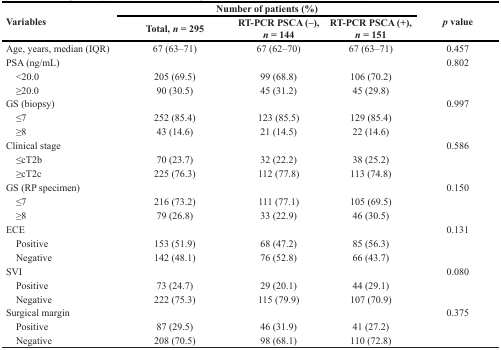
<table><thead><tr><td rowspan="2"><b>Variables</b></td><td colspan="3"><b>Number of patients (%)</b></td><td rowspan="2"><b><i>p</i> value</b></td></tr><tr><td><b>Total, <i>n</i> = 295</b></td><td><b>RT-PCR PSCA (–), <i>n</i> = 144</b></td><td><b>RT-PCR PSCA (+), <i>n</i> = 151</b></td></tr></thead><tbody><tr><td>Age, years, median (IQR)</td><td>67 (63–71)</td><td>67 (62–70)</td><td>67 (63–71)</td><td>0.457</td></tr><tr><td>PSA (ng/mL)</td><td></td><td></td><td></td><td>0.802</td></tr><tr><td> &lt;20.0</td><td>205 (69.5)</td><td>99 (68.8)</td><td>106 (70.2)</td><td></td></tr><tr><td> ≥20.0</td><td>90 (30.5)</td><td>45 (31.2)</td><td>45 (29.8)</td><td></td></tr><tr><td>GS (biopsy)</td><td></td><td></td><td></td><td>0.997</td></tr><tr><td> ≤7</td><td>252 (85.4)</td><td>123 (85.5)</td><td>129 (85.4)</td><td></td></tr><tr><td> ≥8</td><td>43 (14.6)</td><td>21 (14.5)</td><td>22 (14.6)</td><td></td></tr><tr><td>Clinical stage</td><td></td><td></td><td></td><td>0.586</td></tr><tr><td> ≤cT2b</td><td>70 (23.7)</td><td>32 (22.2)</td><td>38 (25.2)</td><td></td></tr><tr><td> ≥cT2c</td><td>225 (76.3)</td><td>112 (77.8)</td><td>113 (74.8)</td><td></td></tr><tr><td>GS (RP specimen)</td><td></td><td></td><td></td><td>0.150</td></tr><tr><td> ≤7</td><td>216 (73.2)</td><td>111 (77.1)</td><td>105 (69.5)</td><td></td></tr><tr><td> ≥8</td><td>79 (26.8)</td><td>33 (22.9)</td><td>46 (30.5)</td><td></td></tr><tr><td>ECE</td><td></td><td></td><td></td><td>0.131</td></tr><tr><td> Positive</td><td>153 (51.9)</td><td>68 (47.2)</td><td>85 (56.3)</td><td></td></tr><tr><td> Negative</td><td>142 (48.1)</td><td>76 (52.8)</td><td>66 (43.7)</td><td></td></tr><tr><td>SVI</td><td></td><td></td><td></td><td>0.080</td></tr><tr><td> Positive</td><td>73 (24.7)</td><td>29 (20.1)</td><td>44 (29.1)</td><td></td></tr><tr><td> Negative</td><td>222 (75.3)</td><td>115 (79.9)</td><td>107 (70.9)</td><td></td></tr><tr><td>Surgical margin</td><td></td><td></td><td></td><td>0.375</td></tr><tr><td> Positive</td><td>87 (29.5)</td><td>46 (31.9)</td><td>41 (27.2)</td><td></td></tr><tr><td> Negative</td><td>208 (70.5)</td><td>98 (68.1)</td><td>110 (72.8)</td><td></td></tr></tbody></table>